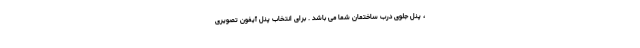
، پنل جلوی درب ساختمان شما می باشد . برای انتخاب پنل آیفون تصویری